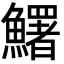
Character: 鱰